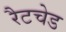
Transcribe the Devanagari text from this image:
रैटचेड